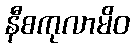
နီစကုလာမိဝ